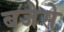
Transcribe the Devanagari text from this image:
बजेसे